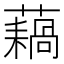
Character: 𫊇